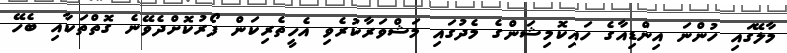
މާލޭގައި ހުންނަ އިންޑިއާގެ ހައިކޮމިޝަންގެ މެދުގައި މަޝްވަރާކުރެވި އެހީތެރިކަން ފޯރުކޮށްދެވޭނެ ގޮތްތަކާއި ބެހޭ